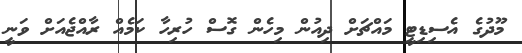
މޫދުގެ އެސިޑިޓީ މައްޗަށް ދިއުން މިހެން ގޮސް ހުރިހާ ކަމެއް ރާއްޖެއަށް ވަނީ